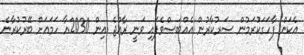
އެކަން ފާހަގަކުރަމުން ސަރުކާރުން އެއްބަސްވެފައި ވަނީ ރާއްޖެ އިން 2030އާ ހަމައަށް ބޭރުކުރާނެ